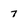
Character: 7